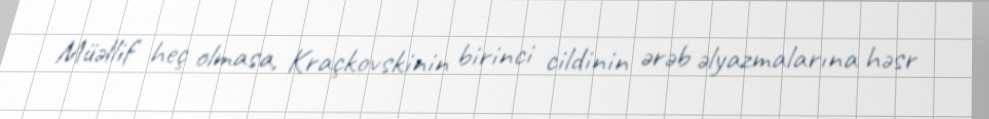
Müəllif heç olmasa, Kraçkovskinin birinci cildinin ərəb əlyazmalarına həsr